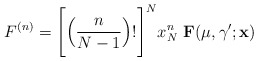
\begin{align*}F^{(n)} = \Bigg[\Big( \frac{n}{N-1} \Big)!\Bigg]^N x^n_N \,\,{\bf F}(\mu,\gamma^\prime;{\bf x})\end{align*}